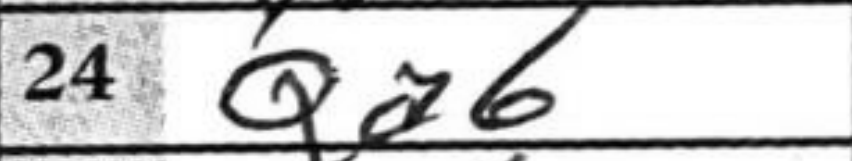
Transcription: Qa6